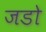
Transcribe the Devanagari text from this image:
जडो